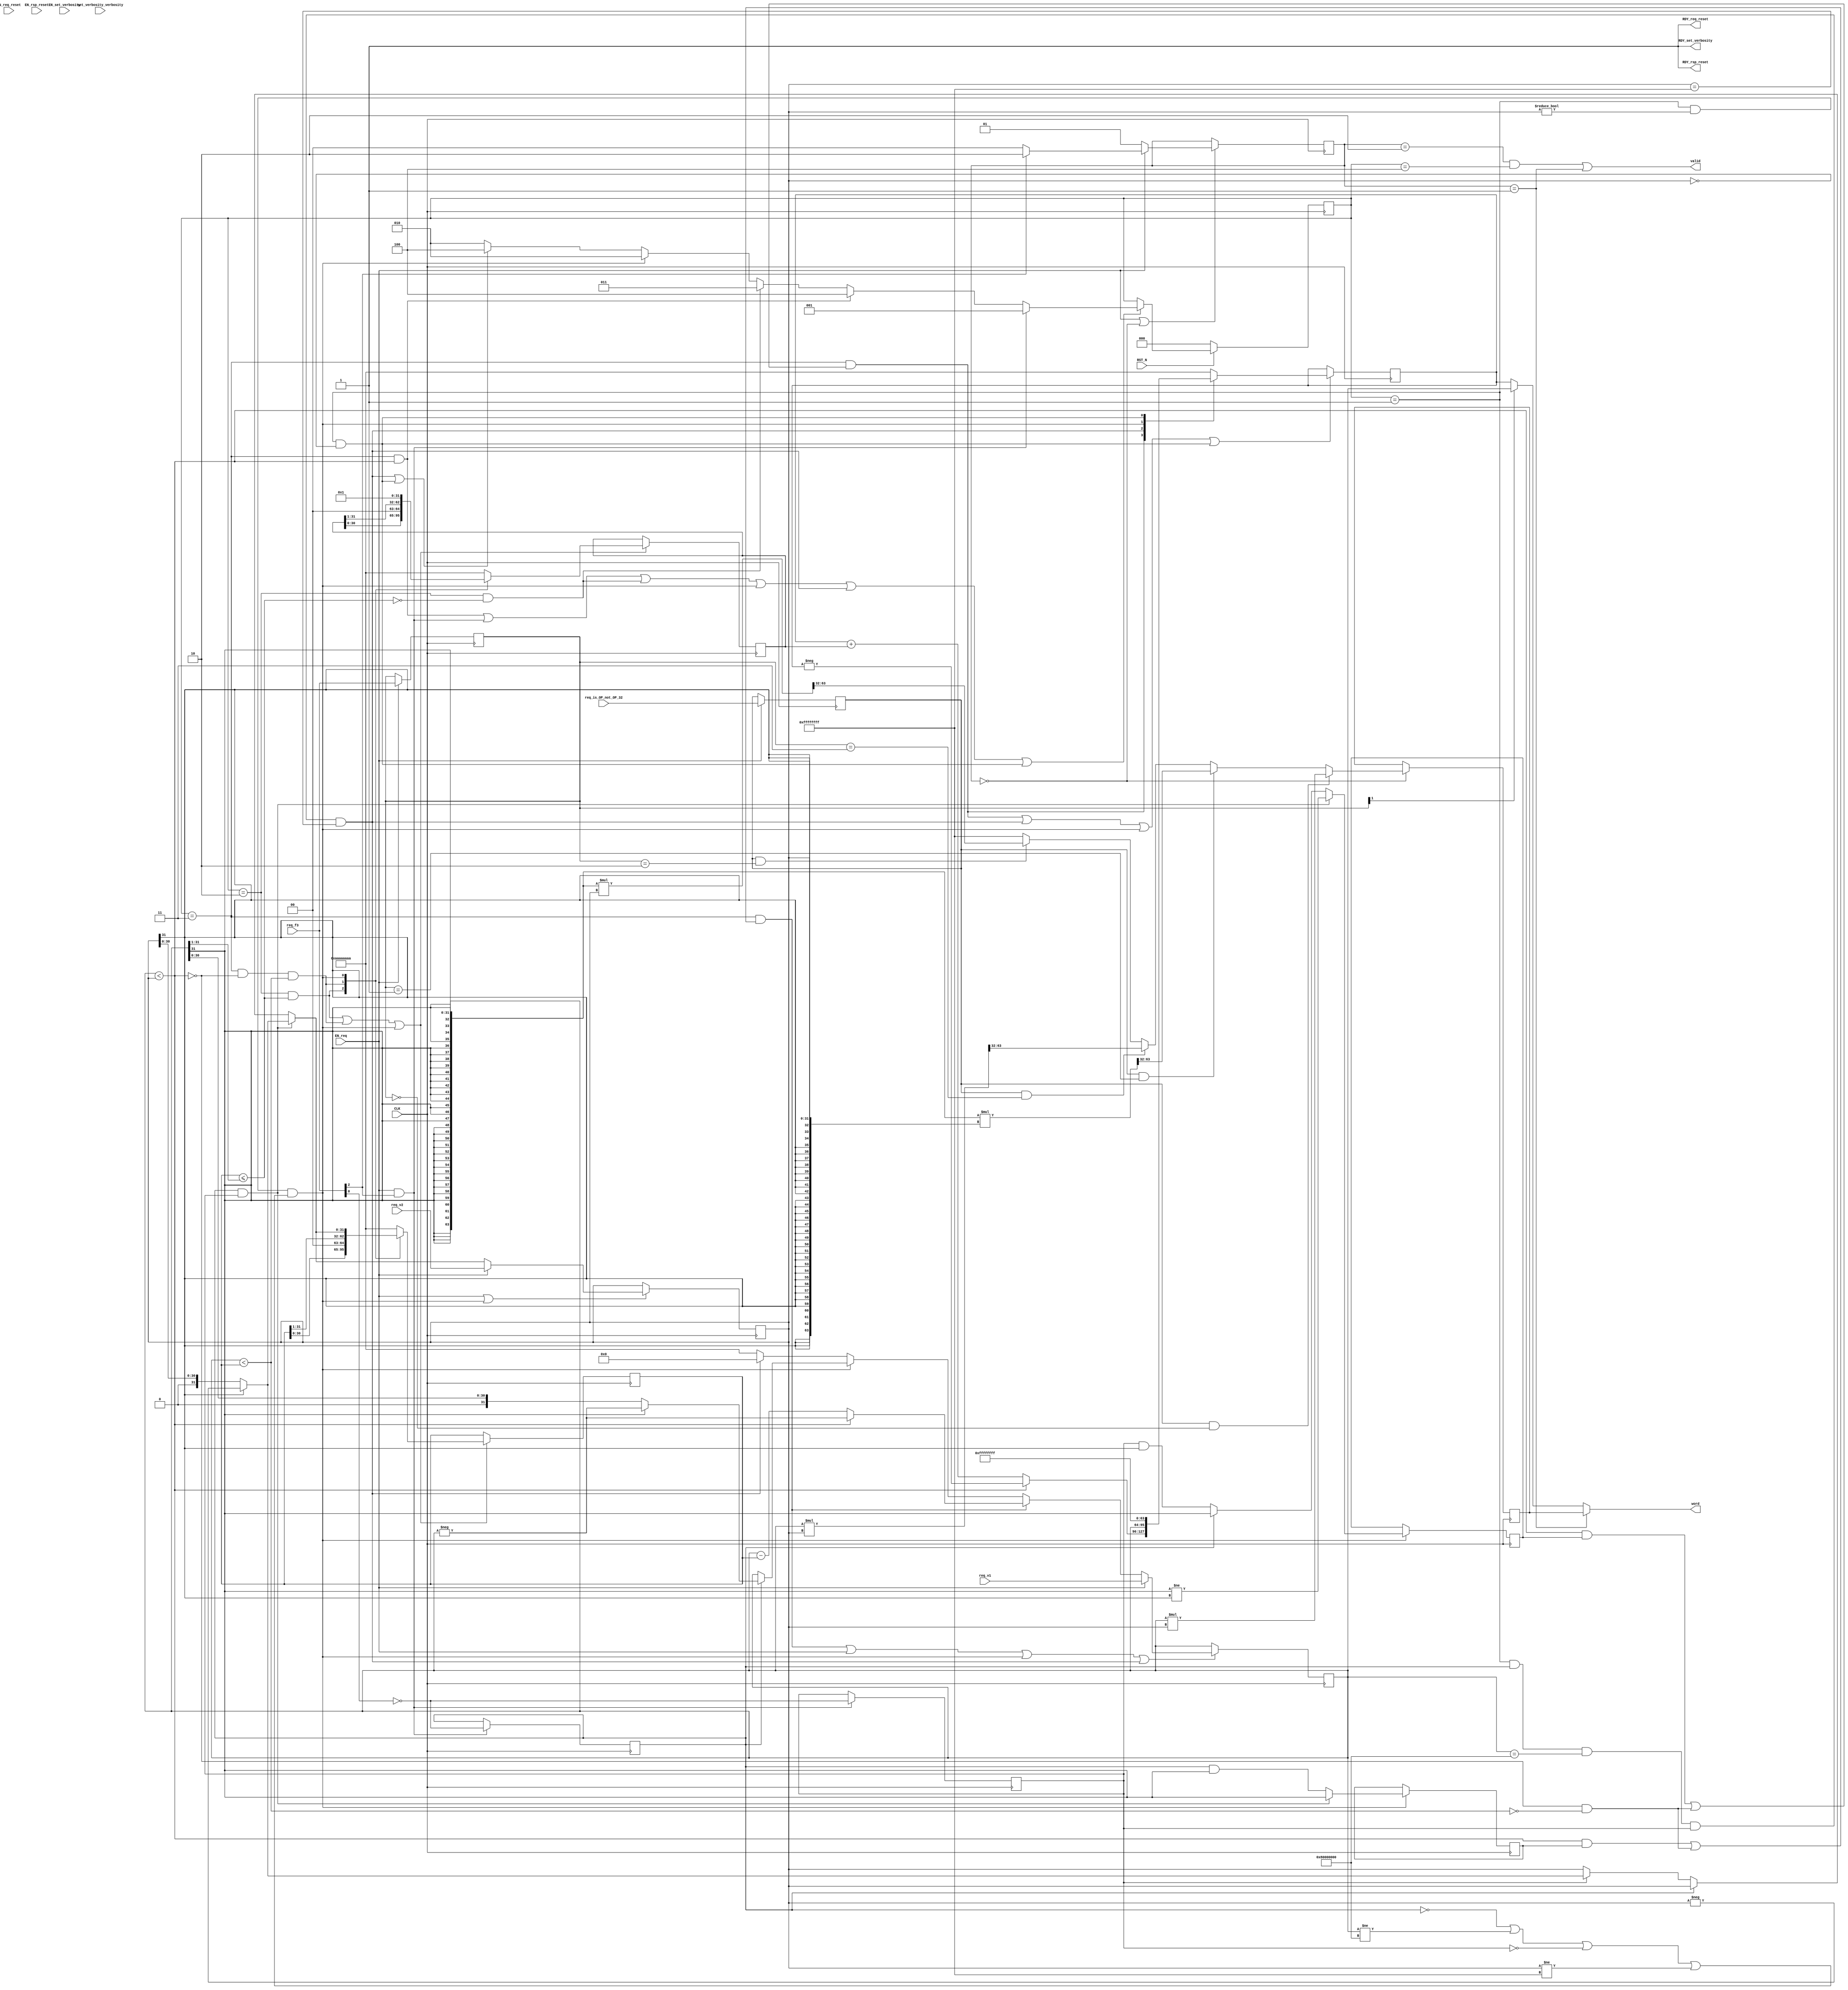
//
// Generated by Bluespec Compiler (build 0fccbb13)
//
//
// Ports:
// Name                         I/O  size props
// RDY_set_verbosity              O     1 const
// RDY_req_reset                  O     1 const
// RDY_rsp_reset                  O     1 const
// valid                          O     1
// word                           O    32
// CLK                            I     1 clock
// RST_N                          I     1 reset
// set_verbosity_verbosity        I     4 reg
// req_is_OP_not_OP_32            I     1 reg
// req_f3                         I     3
// req_v1                         I    32
// req_v2                         I    32
// EN_set_verbosity               I     1
// EN_req_reset                   I     1 unused
// EN_rsp_reset                   I     1 unused
// EN_req                         I     1
//
// No combinational paths from inputs to outputs
//
//

`ifdef BSV_ASSIGNMENT_DELAY
`else
  `define BSV_ASSIGNMENT_DELAY
`endif

`ifdef BSV_POSITIVE_RESET
  `define BSV_RESET_VALUE 1'b1
  `define BSV_RESET_EDGE posedge
`else
  `define BSV_RESET_VALUE 1'b0
  `define BSV_RESET_EDGE negedge
`endif

module mkRISCV_MBox(CLK,
		    RST_N,

		    set_verbosity_verbosity,
		    EN_set_verbosity,
		    RDY_set_verbosity,

		    EN_req_reset,
		    RDY_req_reset,

		    EN_rsp_reset,
		    RDY_rsp_reset,

		    req_is_OP_not_OP_32,
		    req_f3,
		    req_v1,
		    req_v2,
		    EN_req,

		    valid,

		    word);
  input  CLK;
  input  RST_N;

  // action method set_verbosity
  input  [3 : 0] set_verbosity_verbosity;
  input  EN_set_verbosity;
  output RDY_set_verbosity;

  // action method req_reset
  input  EN_req_reset;
  output RDY_req_reset;

  // action method rsp_reset
  input  EN_rsp_reset;
  output RDY_rsp_reset;

  // action method req
  input  req_is_OP_not_OP_32;
  input  [2 : 0] req_f3;
  input  [31 : 0] req_v1;
  input  [31 : 0] req_v2;
  input  EN_req;

  // value method valid
  output valid;

  // value method word
  output [31 : 0] word;

  // signals for module outputs
  wire [31 : 0] word;
  wire RDY_req_reset, RDY_rsp_reset, RDY_set_verbosity, valid;

  // inlined wires
  wire dw_valid$whas;

  // register cfg_verbosity
  reg [3 : 0] cfg_verbosity;
  wire [3 : 0] cfg_verbosity$D_IN;
  wire cfg_verbosity$EN;

  // register intDiv_rg_denom2
  reg [31 : 0] intDiv_rg_denom2;
  reg [31 : 0] intDiv_rg_denom2$D_IN;
  wire intDiv_rg_denom2$EN;

  // register intDiv_rg_denom_is_signed
  reg intDiv_rg_denom_is_signed;
  wire intDiv_rg_denom_is_signed$D_IN, intDiv_rg_denom_is_signed$EN;

  // register intDiv_rg_n
  reg [31 : 0] intDiv_rg_n;
  reg [31 : 0] intDiv_rg_n$D_IN;
  wire intDiv_rg_n$EN;

  // register intDiv_rg_numer_is_signed
  reg intDiv_rg_numer_is_signed;
  wire intDiv_rg_numer_is_signed$D_IN, intDiv_rg_numer_is_signed$EN;

  // register intDiv_rg_quo
  reg [31 : 0] intDiv_rg_quo;
  reg [31 : 0] intDiv_rg_quo$D_IN;
  wire intDiv_rg_quo$EN;

  // register intDiv_rg_quoIsNeg
  reg intDiv_rg_quoIsNeg;
  wire intDiv_rg_quoIsNeg$D_IN, intDiv_rg_quoIsNeg$EN;

  // register intDiv_rg_remIsNeg
  reg intDiv_rg_remIsNeg;
  wire intDiv_rg_remIsNeg$D_IN, intDiv_rg_remIsNeg$EN;

  // register intDiv_rg_state
  reg [2 : 0] intDiv_rg_state;
  reg [2 : 0] intDiv_rg_state$D_IN;
  wire intDiv_rg_state$EN;

  // register rg_f3
  reg [2 : 0] rg_f3;
  wire [2 : 0] rg_f3$D_IN;
  wire rg_f3$EN;

  // register rg_is_OP_not_OP_32
  reg rg_is_OP_not_OP_32;
  wire rg_is_OP_not_OP_32$D_IN, rg_is_OP_not_OP_32$EN;

  // register rg_result
  reg [31 : 0] rg_result;
  wire [31 : 0] rg_result$D_IN;
  wire rg_result$EN;

  // register rg_state
  reg [1 : 0] rg_state;
  wire [1 : 0] rg_state$D_IN;
  wire rg_state$EN;

  // register rg_v1
  reg [31 : 0] rg_v1;
  reg [31 : 0] rg_v1$D_IN;
  wire rg_v1$EN;

  // register rg_v2
  reg [31 : 0] rg_v2;
  wire [31 : 0] rg_v2$D_IN;
  wire rg_v2$EN;

  // rule scheduling signals
  wire CAN_FIRE_RL_intDiv_rl_loop1,
       CAN_FIRE_RL_intDiv_rl_loop2,
       CAN_FIRE_RL_intDiv_rl_start_div_by_zero,
       CAN_FIRE_RL_intDiv_rl_start_overflow,
       CAN_FIRE_RL_intDiv_rl_start_s,
       CAN_FIRE_RL_rg_div_rem,
       CAN_FIRE_RL_rl_mul,
       CAN_FIRE_RL_rl_mul2,
       CAN_FIRE_req,
       CAN_FIRE_req_reset,
       CAN_FIRE_rsp_reset,
       CAN_FIRE_set_verbosity,
       WILL_FIRE_RL_intDiv_rl_loop1,
       WILL_FIRE_RL_intDiv_rl_loop2,
       WILL_FIRE_RL_intDiv_rl_start_div_by_zero,
       WILL_FIRE_RL_intDiv_rl_start_overflow,
       WILL_FIRE_RL_intDiv_rl_start_s,
       WILL_FIRE_RL_rg_div_rem,
       WILL_FIRE_RL_rl_mul,
       WILL_FIRE_RL_rl_mul2,
       WILL_FIRE_req,
       WILL_FIRE_req_reset,
       WILL_FIRE_rsp_reset,
       WILL_FIRE_set_verbosity;

  // inputs to muxes for submodule ports
  wire [31 : 0] MUX_dw_result$wset_1__VAL_2,
		MUX_intDiv_rg_denom2$write_1__VAL_1,
		MUX_intDiv_rg_denom2$write_1__VAL_2,
		MUX_intDiv_rg_denom2$write_1__VAL_3,
		MUX_intDiv_rg_n$write_1__VAL_1,
		MUX_intDiv_rg_n$write_1__VAL_2,
		MUX_intDiv_rg_quo$write_1__VAL_1,
		MUX_rg_v1$write_1__VAL_2,
		MUX_rg_v1$write_1__VAL_3;
  wire [1 : 0] MUX_rg_state$write_1__VAL_1;
  wire MUX_intDiv_rg_denom2$write_1__SEL_1,
       MUX_intDiv_rg_denom2$write_1__SEL_2,
       MUX_intDiv_rg_quo$write_1__SEL_1,
       MUX_intDiv_rg_state$write_1__SEL_1,
       MUX_intDiv_rg_state$write_1__SEL_2,
       MUX_intDiv_rg_state$write_1__SEL_3,
       MUX_rg_v1$write_1__SEL_2;

  // declarations used by system tasks
  // synopsys translate_off
  reg [31 : 0] v__h3300;
  reg [31 : 0] v__h3294;
  // synopsys translate_on

  // remaining internal signals
  wire [127 : 0] SEXT_rg_v1__03_MUL_0_CONCAT_rg_v2_09___d113,
		 SEXT_rg_v1__03_MUL_SEXT_rg_v2__04___d105,
		 _0_CONCAT_rg_v1_08_MUL_0_CONCAT_rg_v2_09___d110;
  wire [63 : 0] SEXT_rg_v1____d103, rg_v1_MUL_rg_v2___d100, v1__h3187;
  wire [31 : 0] _theResult___fst__h765,
		_theResult___snd_fst__h760,
		denom___1__h698,
		numer___1__h697,
		v__h3111,
		v__h3169,
		v__h3220,
		x__h2652,
		x__h2756,
		x__h2815,
		x__h2830,
		y__h2513;
  wire IF_intDiv_rg_numer_is_signed_THEN_rg_v1_BIT_31_ETC___d39,
       intDiv_rg_denom2_4_ULE_0_CONCAT_rg_v1_BITS_31__ETC___d47,
       rg_v1_ULT_intDiv_rg_denom2_4___d59,
       rg_v1_ULT_rg_v2___d55;

  // action method set_verbosity
  assign RDY_set_verbosity = 1'd1 ;
  assign CAN_FIRE_set_verbosity = 1'd1 ;
  assign WILL_FIRE_set_verbosity = EN_set_verbosity ;

  // action method req_reset
  assign RDY_req_reset = 1'd1 ;
  assign CAN_FIRE_req_reset = 1'd1 ;
  assign WILL_FIRE_req_reset = EN_req_reset ;

  // action method rsp_reset
  assign RDY_rsp_reset = 1'd1 ;
  assign CAN_FIRE_rsp_reset = 1'd1 ;
  assign WILL_FIRE_rsp_reset = EN_rsp_reset ;

  // action method req
  assign CAN_FIRE_req = 1'd1 ;
  assign WILL_FIRE_req = EN_req ;

  // value method valid
  assign valid = dw_valid$whas ;

  // value method word
  assign word =
	     WILL_FIRE_RL_rl_mul2 ? rg_result : MUX_dw_result$wset_1__VAL_2 ;

  // rule RL_rl_mul
  assign CAN_FIRE_RL_rl_mul = rg_state == 2'd0 ;
  assign WILL_FIRE_RL_rl_mul = rg_state == 2'd0 ;

  // rule RL_rl_mul2
  assign CAN_FIRE_RL_rl_mul2 = rg_state == 2'd1 ;
  assign WILL_FIRE_RL_rl_mul2 = CAN_FIRE_RL_rl_mul2 ;

  // rule RL_rg_div_rem
  assign CAN_FIRE_RL_rg_div_rem =
	     rg_state == 2'd2 && intDiv_rg_state == 3'd4 ;
  assign WILL_FIRE_RL_rg_div_rem = CAN_FIRE_RL_rg_div_rem ;

  // rule RL_intDiv_rl_start_div_by_zero
  assign CAN_FIRE_RL_intDiv_rl_start_div_by_zero =
	     intDiv_rg_state == 3'd1 && rg_v2 == 32'd0 ;
  assign WILL_FIRE_RL_intDiv_rl_start_div_by_zero =
	     CAN_FIRE_RL_intDiv_rl_start_div_by_zero ;

  // rule RL_intDiv_rl_start_overflow
  assign CAN_FIRE_RL_intDiv_rl_start_overflow =
	     intDiv_rg_state == 3'd1 && intDiv_rg_numer_is_signed &&
	     rg_v1 == 32'h80000000 &&
	     intDiv_rg_denom_is_signed &&
	     rg_v2 == 32'hFFFFFFFF ;
  assign WILL_FIRE_RL_intDiv_rl_start_overflow =
	     CAN_FIRE_RL_intDiv_rl_start_overflow ;

  // rule RL_intDiv_rl_start_s
  assign CAN_FIRE_RL_intDiv_rl_start_s =
	     intDiv_rg_state == 3'd1 && rg_v2 != 32'd0 &&
	     (!intDiv_rg_numer_is_signed || rg_v1 != 32'h80000000 ||
	      !intDiv_rg_denom_is_signed ||
	      rg_v2 != 32'hFFFFFFFF) ;
  assign WILL_FIRE_RL_intDiv_rl_start_s = CAN_FIRE_RL_intDiv_rl_start_s ;

  // rule RL_intDiv_rl_loop1
  assign CAN_FIRE_RL_intDiv_rl_loop1 = intDiv_rg_state == 3'd2 ;
  assign WILL_FIRE_RL_intDiv_rl_loop1 = CAN_FIRE_RL_intDiv_rl_loop1 ;

  // rule RL_intDiv_rl_loop2
  assign CAN_FIRE_RL_intDiv_rl_loop2 = intDiv_rg_state == 3'd3 ;
  assign WILL_FIRE_RL_intDiv_rl_loop2 = CAN_FIRE_RL_intDiv_rl_loop2 ;

  // inputs to muxes for submodule ports
  assign MUX_intDiv_rg_denom2$write_1__SEL_1 =
	     WILL_FIRE_RL_intDiv_rl_loop1 &&
	     intDiv_rg_denom2_4_ULE_0_CONCAT_rg_v1_BITS_31__ETC___d47 ;
  assign MUX_intDiv_rg_denom2$write_1__SEL_2 =
	     WILL_FIRE_RL_intDiv_rl_loop2 && !rg_v1_ULT_rg_v2___d55 &&
	     rg_v1_ULT_intDiv_rg_denom2_4___d59 ;
  assign MUX_intDiv_rg_quo$write_1__SEL_1 =
	     WILL_FIRE_RL_intDiv_rl_loop2 &&
	     (rg_v1_ULT_rg_v2___d55 && intDiv_rg_quoIsNeg ||
	      !rg_v1_ULT_rg_v2___d55 && !rg_v1_ULT_intDiv_rg_denom2_4___d59) ;
  assign MUX_intDiv_rg_state$write_1__SEL_1 = EN_req && req_f3[2] ;
  assign MUX_intDiv_rg_state$write_1__SEL_2 =
	     WILL_FIRE_RL_intDiv_rl_loop2 && rg_v1_ULT_rg_v2___d55 ;
  assign MUX_intDiv_rg_state$write_1__SEL_3 =
	     WILL_FIRE_RL_intDiv_rl_loop1 &&
	     !intDiv_rg_denom2_4_ULE_0_CONCAT_rg_v1_BITS_31__ETC___d47 ;
  assign MUX_rg_v1$write_1__SEL_2 =
	     WILL_FIRE_RL_intDiv_rl_loop2 &&
	     (rg_v1_ULT_rg_v2___d55 && intDiv_rg_remIsNeg ||
	      !rg_v1_ULT_rg_v2___d55 && !rg_v1_ULT_intDiv_rg_denom2_4___d59) ;
  assign MUX_dw_result$wset_1__VAL_2 = rg_f3[1] ? rg_v1 : intDiv_rg_quo ;
  assign MUX_intDiv_rg_denom2$write_1__VAL_1 =
	     { intDiv_rg_denom2[30:0], 1'd0 } ;
  assign MUX_intDiv_rg_denom2$write_1__VAL_2 =
	     { 1'd0, intDiv_rg_denom2[31:1] } ;
  assign MUX_intDiv_rg_denom2$write_1__VAL_3 =
	     (intDiv_rg_numer_is_signed && intDiv_rg_denom_is_signed) ?
	       denom___1__h698 :
	       _theResult___snd_fst__h760 ;
  assign MUX_intDiv_rg_n$write_1__VAL_1 = { intDiv_rg_n[30:0], 1'd0 } ;
  assign MUX_intDiv_rg_n$write_1__VAL_2 = { 1'd0, intDiv_rg_n[31:1] } ;
  assign MUX_intDiv_rg_quo$write_1__VAL_1 =
	     rg_v1_ULT_rg_v2___d55 ? x__h2756 : x__h2830 ;
  assign MUX_rg_state$write_1__VAL_1 = req_f3[2] ? 2'd2 : 2'd0 ;
  assign MUX_rg_v1$write_1__VAL_2 =
	     rg_v1_ULT_rg_v2___d55 ? x__h2815 : x__h2652 ;
  assign MUX_rg_v1$write_1__VAL_3 =
	     intDiv_rg_numer_is_signed ? numer___1__h697 : rg_v1 ;

  // inlined wires
  assign dw_valid$whas = WILL_FIRE_RL_rg_div_rem || WILL_FIRE_RL_rl_mul2 ;

  // register cfg_verbosity
  assign cfg_verbosity$D_IN = set_verbosity_verbosity ;
  assign cfg_verbosity$EN = EN_set_verbosity ;

  // register intDiv_rg_denom2
  always@(MUX_intDiv_rg_denom2$write_1__SEL_1 or
	  MUX_intDiv_rg_denom2$write_1__VAL_1 or
	  MUX_intDiv_rg_denom2$write_1__SEL_2 or
	  MUX_intDiv_rg_denom2$write_1__VAL_2 or
	  WILL_FIRE_RL_intDiv_rl_start_s or
	  MUX_intDiv_rg_denom2$write_1__VAL_3)
  begin
    case (1'b1) // synopsys parallel_case
      MUX_intDiv_rg_denom2$write_1__SEL_1:
	  intDiv_rg_denom2$D_IN = MUX_intDiv_rg_denom2$write_1__VAL_1;
      MUX_intDiv_rg_denom2$write_1__SEL_2:
	  intDiv_rg_denom2$D_IN = MUX_intDiv_rg_denom2$write_1__VAL_2;
      WILL_FIRE_RL_intDiv_rl_start_s:
	  intDiv_rg_denom2$D_IN = MUX_intDiv_rg_denom2$write_1__VAL_3;
      default: intDiv_rg_denom2$D_IN = 32'hAAAAAAAA /* unspecified value */ ;
    endcase
  end
  assign intDiv_rg_denom2$EN =
	     WILL_FIRE_RL_intDiv_rl_loop1 &&
	     intDiv_rg_denom2_4_ULE_0_CONCAT_rg_v1_BITS_31__ETC___d47 ||
	     WILL_FIRE_RL_intDiv_rl_loop2 && !rg_v1_ULT_rg_v2___d55 &&
	     rg_v1_ULT_intDiv_rg_denom2_4___d59 ||
	     WILL_FIRE_RL_intDiv_rl_start_s ;

  // register intDiv_rg_denom_is_signed
  assign intDiv_rg_denom_is_signed$D_IN = !req_f3[0] ;
  assign intDiv_rg_denom_is_signed$EN = MUX_intDiv_rg_state$write_1__SEL_1 ;

  // register intDiv_rg_n
  always@(MUX_intDiv_rg_denom2$write_1__SEL_1 or
	  MUX_intDiv_rg_n$write_1__VAL_1 or
	  MUX_intDiv_rg_denom2$write_1__SEL_2 or
	  MUX_intDiv_rg_n$write_1__VAL_2 or WILL_FIRE_RL_intDiv_rl_start_s)
  begin
    case (1'b1) // synopsys parallel_case
      MUX_intDiv_rg_denom2$write_1__SEL_1:
	  intDiv_rg_n$D_IN = MUX_intDiv_rg_n$write_1__VAL_1;
      MUX_intDiv_rg_denom2$write_1__SEL_2:
	  intDiv_rg_n$D_IN = MUX_intDiv_rg_n$write_1__VAL_2;
      WILL_FIRE_RL_intDiv_rl_start_s: intDiv_rg_n$D_IN = 32'd1;
      default: intDiv_rg_n$D_IN = 32'hAAAAAAAA /* unspecified value */ ;
    endcase
  end
  assign intDiv_rg_n$EN =
	     WILL_FIRE_RL_intDiv_rl_loop1 &&
	     intDiv_rg_denom2_4_ULE_0_CONCAT_rg_v1_BITS_31__ETC___d47 ||
	     WILL_FIRE_RL_intDiv_rl_loop2 && !rg_v1_ULT_rg_v2___d55 &&
	     rg_v1_ULT_intDiv_rg_denom2_4___d59 ||
	     WILL_FIRE_RL_intDiv_rl_start_s ;

  // register intDiv_rg_numer_is_signed
  assign intDiv_rg_numer_is_signed$D_IN = !req_f3[0] ;
  assign intDiv_rg_numer_is_signed$EN = MUX_intDiv_rg_state$write_1__SEL_1 ;

  // register intDiv_rg_quo
  always@(MUX_intDiv_rg_quo$write_1__SEL_1 or
	  MUX_intDiv_rg_quo$write_1__VAL_1 or
	  WILL_FIRE_RL_intDiv_rl_start_overflow or
	  rg_v1 or
	  WILL_FIRE_RL_intDiv_rl_start_s or
	  WILL_FIRE_RL_intDiv_rl_start_div_by_zero)
  begin
    case (1'b1) // synopsys parallel_case
      MUX_intDiv_rg_quo$write_1__SEL_1:
	  intDiv_rg_quo$D_IN = MUX_intDiv_rg_quo$write_1__VAL_1;
      WILL_FIRE_RL_intDiv_rl_start_overflow: intDiv_rg_quo$D_IN = rg_v1;
      WILL_FIRE_RL_intDiv_rl_start_s: intDiv_rg_quo$D_IN = 32'd0;
      WILL_FIRE_RL_intDiv_rl_start_div_by_zero:
	  intDiv_rg_quo$D_IN = 32'hFFFFFFFF;
      default: intDiv_rg_quo$D_IN = 32'hAAAAAAAA /* unspecified value */ ;
    endcase
  end
  assign intDiv_rg_quo$EN =
	     MUX_intDiv_rg_quo$write_1__SEL_1 ||
	     WILL_FIRE_RL_intDiv_rl_start_overflow ||
	     WILL_FIRE_RL_intDiv_rl_start_s ||
	     WILL_FIRE_RL_intDiv_rl_start_div_by_zero ;

  // register intDiv_rg_quoIsNeg
  assign intDiv_rg_quoIsNeg$D_IN =
	     (intDiv_rg_numer_is_signed && intDiv_rg_denom_is_signed) ?
	       rg_v1[31] != rg_v2[31] :
	       IF_intDiv_rg_numer_is_signed_THEN_rg_v1_BIT_31_ETC___d39 ;
  assign intDiv_rg_quoIsNeg$EN = CAN_FIRE_RL_intDiv_rl_start_s ;

  // register intDiv_rg_remIsNeg
  assign intDiv_rg_remIsNeg$D_IN =
	     (intDiv_rg_numer_is_signed && intDiv_rg_denom_is_signed) ?
	       rg_v1[31] :
	       intDiv_rg_numer_is_signed && rg_v1[31] ;
  assign intDiv_rg_remIsNeg$EN = CAN_FIRE_RL_intDiv_rl_start_s ;

  // register intDiv_rg_state
  always@(MUX_intDiv_rg_state$write_1__SEL_1 or
	  MUX_intDiv_rg_state$write_1__SEL_2 or
	  MUX_intDiv_rg_state$write_1__SEL_3 or
	  WILL_FIRE_RL_intDiv_rl_start_s or
	  WILL_FIRE_RL_intDiv_rl_start_overflow or
	  WILL_FIRE_RL_intDiv_rl_start_div_by_zero)
  case (1'b1)
    MUX_intDiv_rg_state$write_1__SEL_1: intDiv_rg_state$D_IN = 3'd1;
    MUX_intDiv_rg_state$write_1__SEL_2: intDiv_rg_state$D_IN = 3'd4;
    MUX_intDiv_rg_state$write_1__SEL_3: intDiv_rg_state$D_IN = 3'd3;
    WILL_FIRE_RL_intDiv_rl_start_s: intDiv_rg_state$D_IN = 3'd2;
    WILL_FIRE_RL_intDiv_rl_start_overflow ||
    WILL_FIRE_RL_intDiv_rl_start_div_by_zero:
	intDiv_rg_state$D_IN = 3'd4;
    default: intDiv_rg_state$D_IN = 3'b010 /* unspecified value */ ;
  endcase
  assign intDiv_rg_state$EN =
	     WILL_FIRE_RL_intDiv_rl_loop2 && rg_v1_ULT_rg_v2___d55 ||
	     EN_req && req_f3[2] ||
	     WILL_FIRE_RL_intDiv_rl_loop1 &&
	     !intDiv_rg_denom2_4_ULE_0_CONCAT_rg_v1_BITS_31__ETC___d47 ||
	     WILL_FIRE_RL_intDiv_rl_start_s ||
	     WILL_FIRE_RL_intDiv_rl_start_overflow ||
	     WILL_FIRE_RL_intDiv_rl_start_div_by_zero ;

  // register rg_f3
  assign rg_f3$D_IN = req_f3 ;
  assign rg_f3$EN = EN_req ;

  // register rg_is_OP_not_OP_32
  assign rg_is_OP_not_OP_32$D_IN = req_is_OP_not_OP_32 ;
  assign rg_is_OP_not_OP_32$EN = EN_req ;

  // register rg_result
  assign rg_result$D_IN =
	     (rg_is_OP_not_OP_32 && rg_f3 == 3'b0) ?
	       rg_v1_MUL_rg_v2___d100[31:0] :
	       v__h3111 ;
  assign rg_result$EN = rg_state == 2'd0 ;

  // register rg_state
  assign rg_state$D_IN = EN_req ? MUX_rg_state$write_1__VAL_1 : 2'd1 ;
  assign rg_state$EN = EN_req || WILL_FIRE_RL_rl_mul ;

  // register rg_v1
  always@(EN_req or
	  req_v1 or
	  MUX_rg_v1$write_1__SEL_2 or
	  MUX_rg_v1$write_1__VAL_2 or
	  WILL_FIRE_RL_intDiv_rl_start_s or
	  MUX_rg_v1$write_1__VAL_3 or WILL_FIRE_RL_intDiv_rl_start_overflow)
  case (1'b1)
    EN_req: rg_v1$D_IN = req_v1;
    MUX_rg_v1$write_1__SEL_2: rg_v1$D_IN = MUX_rg_v1$write_1__VAL_2;
    WILL_FIRE_RL_intDiv_rl_start_s: rg_v1$D_IN = MUX_rg_v1$write_1__VAL_3;
    WILL_FIRE_RL_intDiv_rl_start_overflow: rg_v1$D_IN = 32'd0;
    default: rg_v1$D_IN = 32'hAAAAAAAA /* unspecified value */ ;
  endcase
  assign rg_v1$EN =
	     MUX_rg_v1$write_1__SEL_2 || EN_req ||
	     WILL_FIRE_RL_intDiv_rl_start_s ||
	     WILL_FIRE_RL_intDiv_rl_start_overflow ;

  // register rg_v2
  assign rg_v2$D_IN = EN_req ? req_v2 : MUX_intDiv_rg_denom2$write_1__VAL_3 ;
  assign rg_v2$EN = EN_req || WILL_FIRE_RL_intDiv_rl_start_s ;

  // remaining internal signals
  assign IF_intDiv_rg_numer_is_signed_THEN_rg_v1_BIT_31_ETC___d39 =
	     intDiv_rg_numer_is_signed ?
	       rg_v1[31] :
	       intDiv_rg_denom_is_signed && rg_v2[31] ;
  assign SEXT_rg_v1__03_MUL_0_CONCAT_rg_v2_09___d113 =
	     SEXT_rg_v1____d103 * { 32'd0, rg_v2 } ;
  assign SEXT_rg_v1__03_MUL_SEXT_rg_v2__04___d105 =
	     SEXT_rg_v1____d103 * { {32{rg_v2[31]}}, rg_v2 } ;
  assign SEXT_rg_v1____d103 = { {32{rg_v1[31]}}, rg_v1 } ;
  assign _0_CONCAT_rg_v1_08_MUL_0_CONCAT_rg_v2_09___d110 =
	     v1__h3187 * { 32'd0, rg_v2 } ;
  assign _theResult___fst__h765 =
	     intDiv_rg_denom_is_signed ? denom___1__h698 : rg_v2 ;
  assign _theResult___snd_fst__h760 =
	     intDiv_rg_numer_is_signed ? rg_v2 : _theResult___fst__h765 ;
  assign denom___1__h698 = rg_v2[31] ? -rg_v2 : rg_v2 ;
  assign intDiv_rg_denom2_4_ULE_0_CONCAT_rg_v1_BITS_31__ETC___d47 =
	     intDiv_rg_denom2 <= y__h2513 ;
  assign numer___1__h697 = rg_v1[31] ? x__h2815 : rg_v1 ;
  assign rg_v1_MUL_rg_v2___d100 = rg_v1 * rg_v2 ;
  assign rg_v1_ULT_intDiv_rg_denom2_4___d59 = rg_v1 < intDiv_rg_denom2 ;
  assign rg_v1_ULT_rg_v2___d55 = rg_v1 < rg_v2 ;
  assign v1__h3187 = { 32'd0, rg_v1 } ;
  assign v__h3111 =
	     (rg_is_OP_not_OP_32 && rg_f3 == 3'b001) ?
	       SEXT_rg_v1__03_MUL_SEXT_rg_v2__04___d105[63:32] :
	       v__h3169 ;
  assign v__h3169 =
	     (rg_is_OP_not_OP_32 && rg_f3 == 3'b011) ?
	       _0_CONCAT_rg_v1_08_MUL_0_CONCAT_rg_v2_09___d110[63:32] :
	       v__h3220 ;
  assign v__h3220 =
	     (rg_is_OP_not_OP_32 && rg_f3 == 3'b010) ?
	       SEXT_rg_v1__03_MUL_0_CONCAT_rg_v2_09___d113[63:32] :
	       32'hFFFFFFFF ;
  assign x__h2652 = rg_v1 - intDiv_rg_denom2 ;
  assign x__h2756 = -intDiv_rg_quo ;
  assign x__h2815 = -rg_v1 ;
  assign x__h2830 = intDiv_rg_quo + intDiv_rg_n ;
  assign y__h2513 = { 1'd0, rg_v1[31:1] } ;

  // handling of inlined registers

  always@(posedge CLK)
  begin
    if (RST_N == `BSV_RESET_VALUE)
      begin
        cfg_verbosity <= `BSV_ASSIGNMENT_DELAY 4'd0;
	intDiv_rg_state <= `BSV_ASSIGNMENT_DELAY 3'd0;
      end
    else
      begin
        if (cfg_verbosity$EN)
	  cfg_verbosity <= `BSV_ASSIGNMENT_DELAY cfg_verbosity$D_IN;
	if (intDiv_rg_state$EN)
	  intDiv_rg_state <= `BSV_ASSIGNMENT_DELAY intDiv_rg_state$D_IN;
      end
    if (intDiv_rg_denom2$EN)
      intDiv_rg_denom2 <= `BSV_ASSIGNMENT_DELAY intDiv_rg_denom2$D_IN;
    if (intDiv_rg_denom_is_signed$EN)
      intDiv_rg_denom_is_signed <= `BSV_ASSIGNMENT_DELAY
	  intDiv_rg_denom_is_signed$D_IN;
    if (intDiv_rg_n$EN) intDiv_rg_n <= `BSV_ASSIGNMENT_DELAY intDiv_rg_n$D_IN;
    if (intDiv_rg_numer_is_signed$EN)
      intDiv_rg_numer_is_signed <= `BSV_ASSIGNMENT_DELAY
	  intDiv_rg_numer_is_signed$D_IN;
    if (intDiv_rg_quo$EN)
      intDiv_rg_quo <= `BSV_ASSIGNMENT_DELAY intDiv_rg_quo$D_IN;
    if (intDiv_rg_quoIsNeg$EN)
      intDiv_rg_quoIsNeg <= `BSV_ASSIGNMENT_DELAY intDiv_rg_quoIsNeg$D_IN;
    if (intDiv_rg_remIsNeg$EN)
      intDiv_rg_remIsNeg <= `BSV_ASSIGNMENT_DELAY intDiv_rg_remIsNeg$D_IN;
    if (rg_f3$EN) rg_f3 <= `BSV_ASSIGNMENT_DELAY rg_f3$D_IN;
    if (rg_is_OP_not_OP_32$EN)
      rg_is_OP_not_OP_32 <= `BSV_ASSIGNMENT_DELAY rg_is_OP_not_OP_32$D_IN;
    if (rg_result$EN) rg_result <= `BSV_ASSIGNMENT_DELAY rg_result$D_IN;
    if (rg_state$EN) rg_state <= `BSV_ASSIGNMENT_DELAY rg_state$D_IN;
    if (rg_v1$EN) rg_v1 <= `BSV_ASSIGNMENT_DELAY rg_v1$D_IN;
    if (rg_v2$EN) rg_v2 <= `BSV_ASSIGNMENT_DELAY rg_v2$D_IN;
  end

  // synopsys translate_off
  `ifdef BSV_NO_INITIAL_BLOCKS
  `else // not BSV_NO_INITIAL_BLOCKS
  initial
  begin
    cfg_verbosity = 4'hA;
    intDiv_rg_denom2 = 32'hAAAAAAAA;
    intDiv_rg_denom_is_signed = 1'h0;
    intDiv_rg_n = 32'hAAAAAAAA;
    intDiv_rg_numer_is_signed = 1'h0;
    intDiv_rg_quo = 32'hAAAAAAAA;
    intDiv_rg_quoIsNeg = 1'h0;
    intDiv_rg_remIsNeg = 1'h0;
    intDiv_rg_state = 3'h2;
    rg_f3 = 3'h2;
    rg_is_OP_not_OP_32 = 1'h0;
    rg_result = 32'hAAAAAAAA;
    rg_state = 2'h2;
    rg_v1 = 32'hAAAAAAAA;
    rg_v2 = 32'hAAAAAAAA;
  end
  `endif // BSV_NO_INITIAL_BLOCKS
  // synopsys translate_on

  // handling of system tasks

  // synopsys translate_off
  always@(negedge CLK)
  begin
    #0;
    if (RST_N != `BSV_RESET_VALUE)
      if (WILL_FIRE_RL_rl_mul && cfg_verbosity > 4'd1)
	$display("    RISCV_MBox.rl_mul");
    if (RST_N != `BSV_RESET_VALUE)
      if (WILL_FIRE_RL_rl_mul &&
	  (!rg_is_OP_not_OP_32 ||
	   rg_f3 != 3'b0 && rg_f3 != 3'b001 && rg_f3 != 3'b011 &&
	   rg_f3 != 3'b010))
	begin
	  v__h3300 = $stime;
	  #0;
	end
    v__h3294 = v__h3300 / 32'd10;
    if (RST_N != `BSV_RESET_VALUE)
      if (WILL_FIRE_RL_rl_mul &&
	  (!rg_is_OP_not_OP_32 ||
	   rg_f3 != 3'b0 && rg_f3 != 3'b001 && rg_f3 != 3'b011 &&
	   rg_f3 != 3'b010))
	$display("%0d: ERROR: RISCV_MBox.rl_mul: illegal f3.", v__h3294);
    if (RST_N != `BSV_RESET_VALUE)
      if (WILL_FIRE_RL_rl_mul &&
	  (!rg_is_OP_not_OP_32 ||
	   rg_f3 != 3'b0 && rg_f3 != 3'b001 && rg_f3 != 3'b011 &&
	   rg_f3 != 3'b010))
	$display("    f3 0x%0h  v1 0x%0h  v2 0x%0h", rg_f3, rg_v1, rg_v2);
    if (RST_N != `BSV_RESET_VALUE)
      if (WILL_FIRE_RL_rl_mul &&
	  (!rg_is_OP_not_OP_32 ||
	   rg_f3 != 3'b0 && rg_f3 != 3'b001 && rg_f3 != 3'b011 &&
	   rg_f3 != 3'b010))
	$finish(32'd1);
  end
  // synopsys translate_on
endmodule  // mkRISCV_MBox